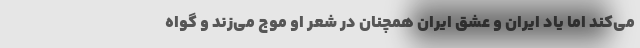
می‌کند اما یاد ایران و عشق ایران همچنان در شعر او موج می‌زند و گواه